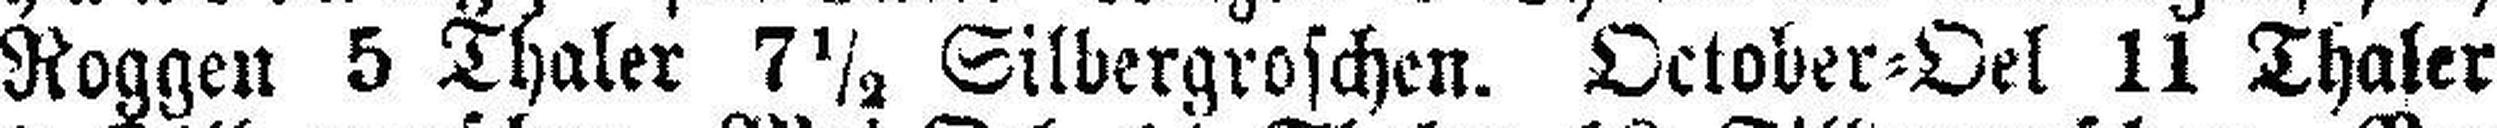
Roggen 5 Thaler 7½ Silbergroschen. October=Oel 11 Thaler